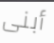
أبنى